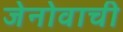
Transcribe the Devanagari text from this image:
जेनोवाची